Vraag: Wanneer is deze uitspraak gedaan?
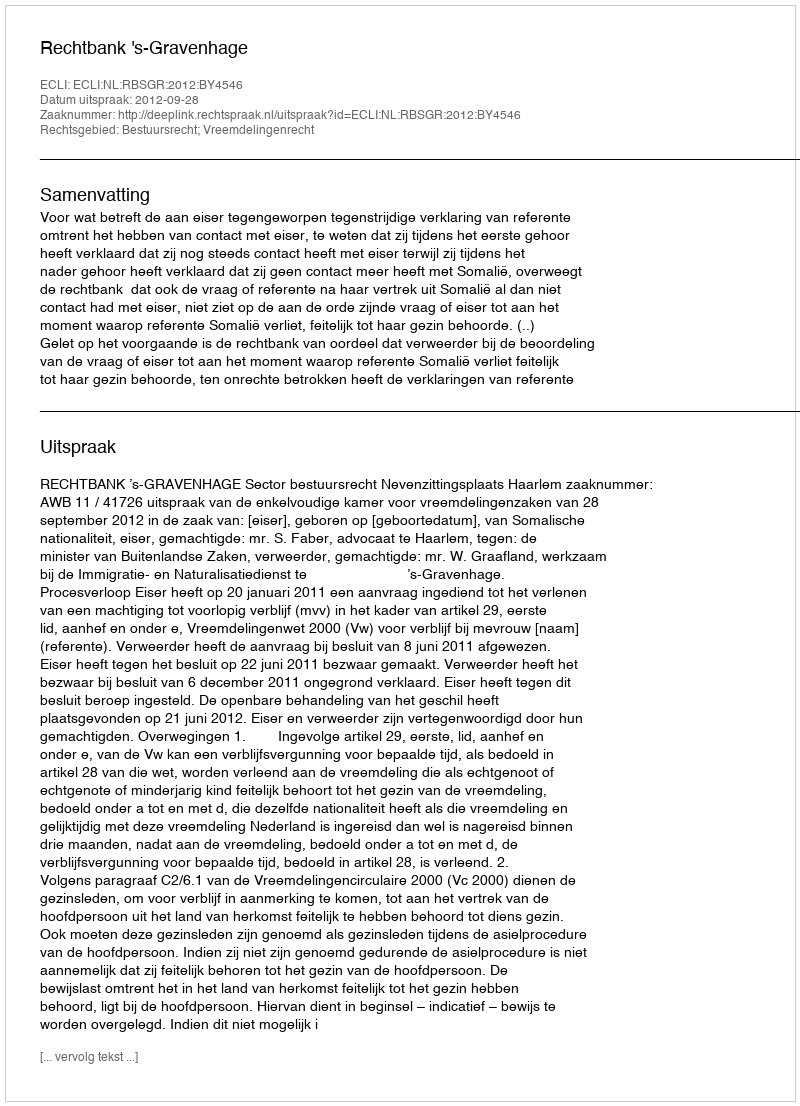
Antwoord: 2012-09-28